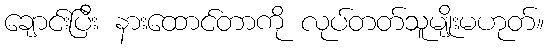
ချောင်းပြီး နားထောင်တာကို လုပ်တတ်သူမျိုးမဟုတ်။